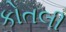
કોતલી